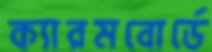
ক্যারমবোর্ডে